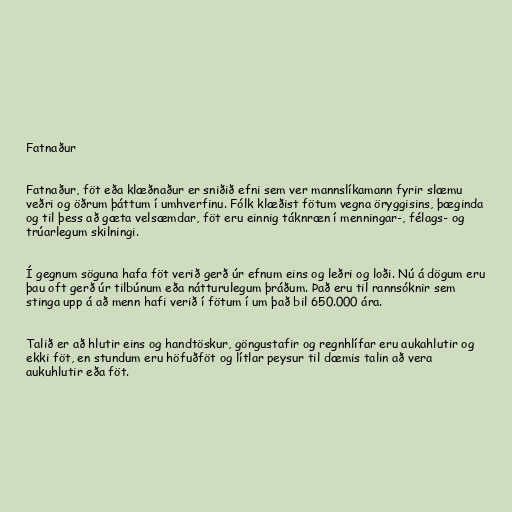
Fatnaður

Fatnaður, föt eða klæðnaður er sniðið efni sem ver mannslíkamann fyrir slæmu
veðri og öðrum þáttum í umhverfinu. Fólk klæðist fötum vegna öryggisins, þæginda
og til þess að gæta velsæmdar, föt eru einnig táknræn í menningar-, félags- og
trúarlegum skilningi.

Í gegnum söguna hafa föt verið gerð úr efnum eins og leðri og loði. Nú á dögum eru
þau oft gerð úr tilbúnum eða nátturulegum þráðum. Það eru til rannsóknir sem
stinga upp á að menn hafi verið í fötum í um það bil 650.000 ára.

Talið er að hlutir eins og handtöskur, göngustafir og regnhlífar eru aukahlutir og
ekki föt, en stundum eru höfuðföt og lítlar peysur til dæmis talin að vera
aukuhlutir eða föt.